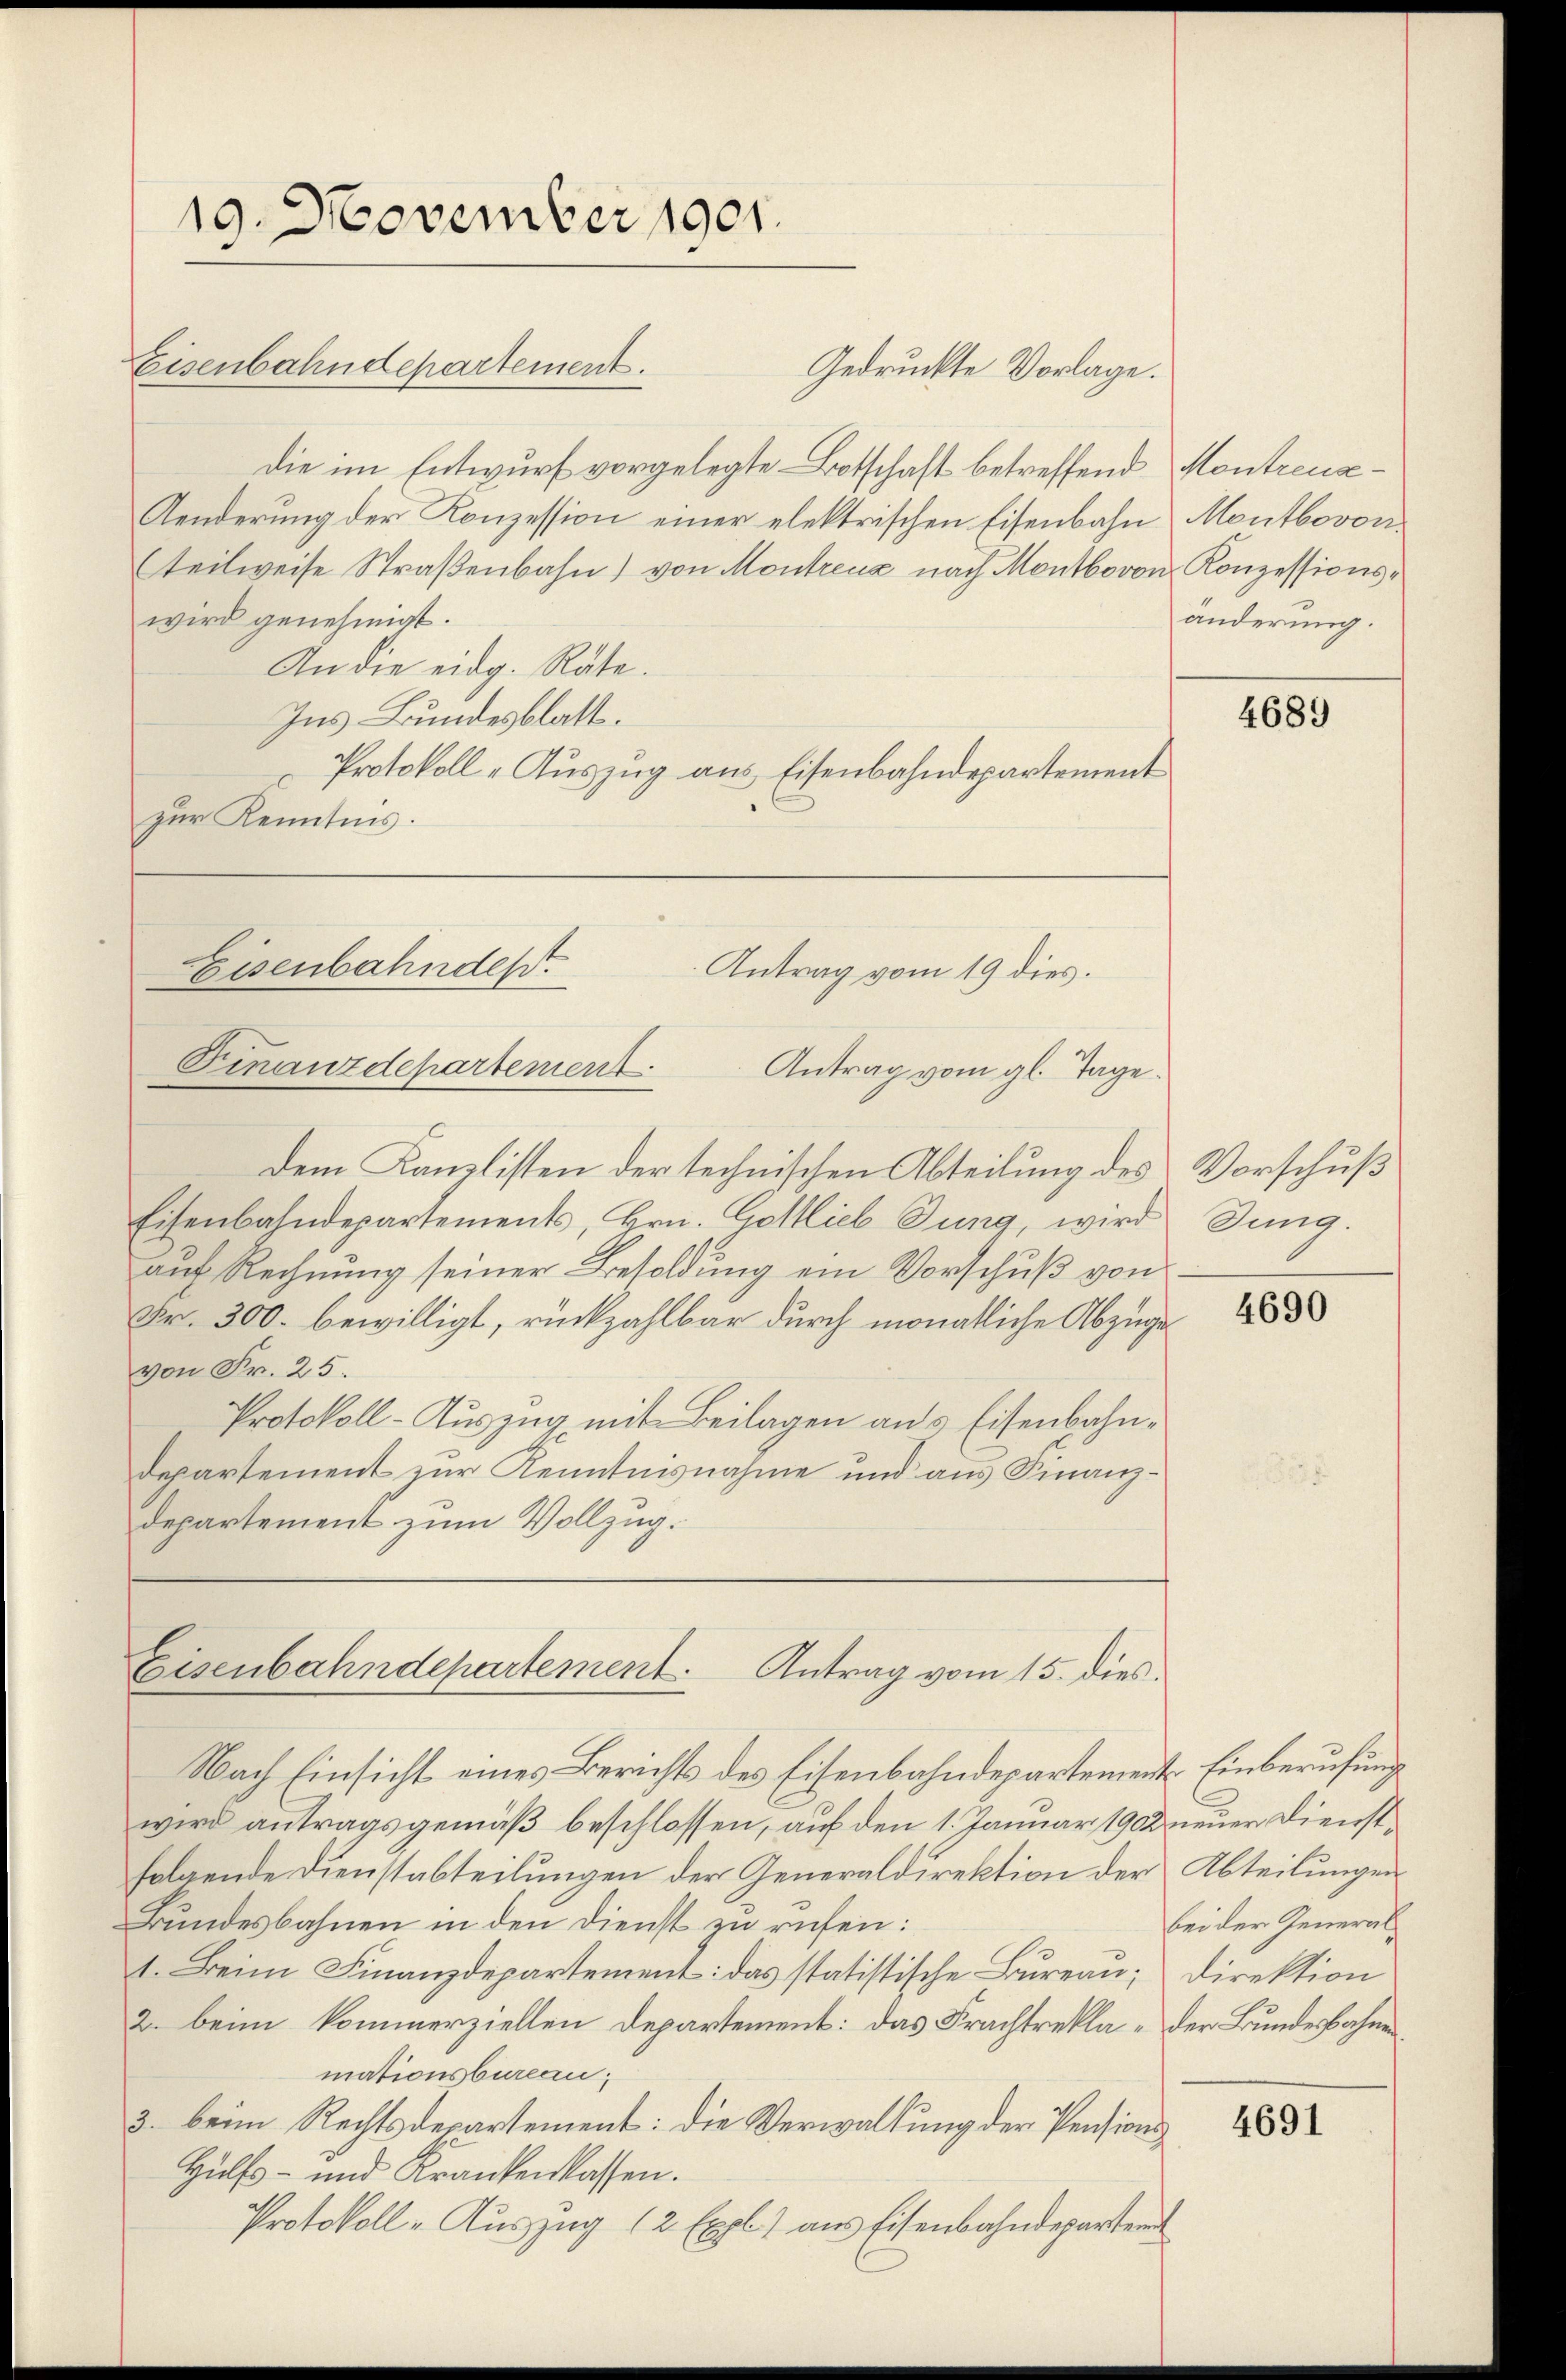
19. November 1901.
Eisenbahndepartement.

Gedruckte Vorlage.
die im Entwurf vorgelegte – Botschaft betreffend
Aenderung der Konzession einer elektrischen Eisenbahn
teilweise Straßenbahn) von Montreux nach Montbovon Konzessionswird genehmigt.
An die eidg. Räte.
Ins Bundesblatt.
Protokoll - Auszug aus Eisenbahndepartement
zur Kenntnis.

Eisenbahndes.
Antrag vom 19 dies.
Finanzdepartement
Antrag vom gl. Tage.

Eisenbahndepartement. Antrag vom 15. dies

Dem Kanzlisten der technischen Abteilung des
Eisenbahndepartements, Hrn. Gottlieb Sung, wird
auf Rechnung seiner Besoldung ein Vorschuß von
Fr. 300. bewilligt, rückzahlbar durch monatliche Abzuge
von Fr. 25.
Protokoll-Auszug mit Beilagen aus Eisenbahndepartement zur Kenntnisnahme und aus Finanzdepartement zum Vollzug.

Nach Einsicht eines Berichts des Eisenbahndepartemente Einberufung
wird antragsgemäß beschlossen, auf den 1. Januar 190 neuer Dienstfolgende Dienstabteilungen der Generaldirektion der Abteilungen
Bundesbahnen in den Dienst zu rufen:
1. Beim Finanzdepartement: das statistische Bureau;
2. beim kommerziellen Departement: das Frachtrekla - der Bundesbahnen
mationsbureau,
3. beim Rechtsdepartement: die Verwaltung der Pensions
Hülfs- und Krankenkassen.
Protokoll - Auszug 12 Expl) aus Eisenbahndepartem

Montreuse¬
Montbovon
änderung.

4689

Vorschuß
Sung.

4690

bei der General¬
Direktion

4691